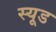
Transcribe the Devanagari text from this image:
स्‍यूड